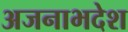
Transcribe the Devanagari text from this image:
अजनाभदेश